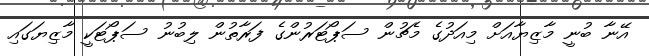
އޭނާ ބުނީ މާޒިޔާއަށް މިއަދުގެ މެޗުން ސަޕޯޓަރުންގެ ފަރާތުން ލިބުނު ސަޕޯޓަކީ މާޒިޔަގައި